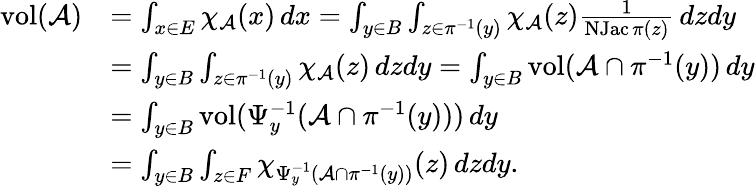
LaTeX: \begin{array}{rl}{\operatorname{vol}(\mathcal A)}&{=\int_{x\in E}\chi_{\mathcal A}(x)\, dx=\int_{y\in B}\int_{z\in\pi^{-1}(y)}\chi_{\mathcal A}(z)\frac{1}{\operatorname{NJac}\pi(z)}\, dzdy}\\ &{=\int_{y\in B}\int_{z\in\pi^{-1}(y)}\chi_{\mathcal A}(z)\, dzdy=\int_{y\in B}\operatorname{vol}(\mathcal A\cap\pi^{-1}(y))\, dy}\\ &{=\int_{y\in B}\operatorname{vol}(\Psi_{y}^{-1}(\mathcal A\cap\pi^{-1}(y)))\, dy}\\ &{=\int_{y\in B}\int_{z\in F}\chi_{\Psi_{y}^{-1}(\mathcal A\cap\pi^{-1}(y))}(z)\, dzdy.}\end{array}